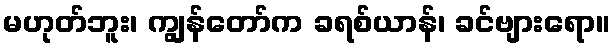
မဟုတ်ဘူး၊ ကျွန်တော်က ခရစ်ယာန်၊ ခင်ဗျားရော။